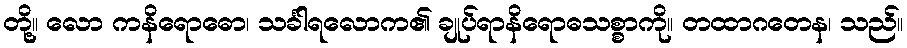
တို့။ လော ကနိရောဓော၊ သင်္ခါရလောက၏ ချုပ်ရာနိရောဓသစ္စာကို။ တထာဂတေန၊ သည်။